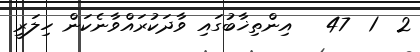
2  1  47   އިންތިޚާބުގައި ވާދަކުރައްވާނެކަން ހިލަރީ